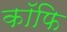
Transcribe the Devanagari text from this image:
कॉफि